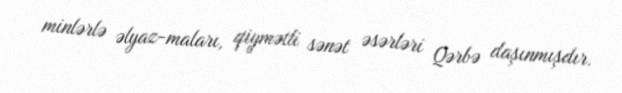
minlərlə əlyaz-maları, qiymətli sənət əsərləri Qərbə daşınmışdır.